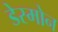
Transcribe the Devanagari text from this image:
डेस्मोन